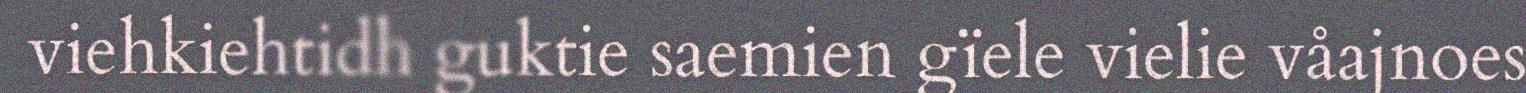
viehkiehtidh guktie saemien gïele vielie våajnoes